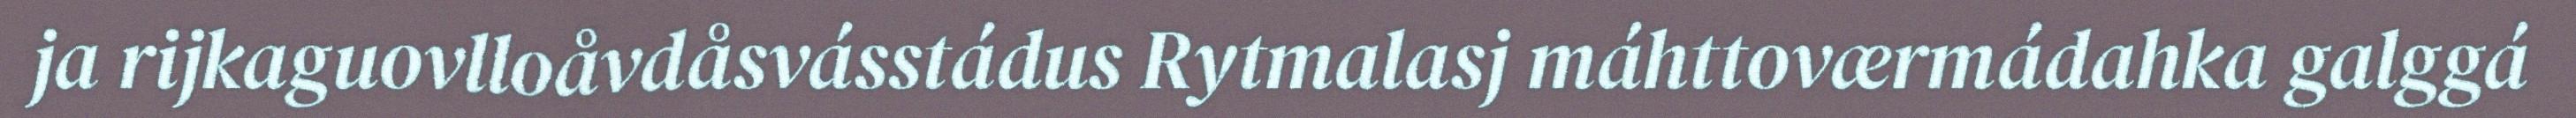
ja rijkaguovlloåvdåsvásstádus Rytmalasj máhttoværmádahka galggá